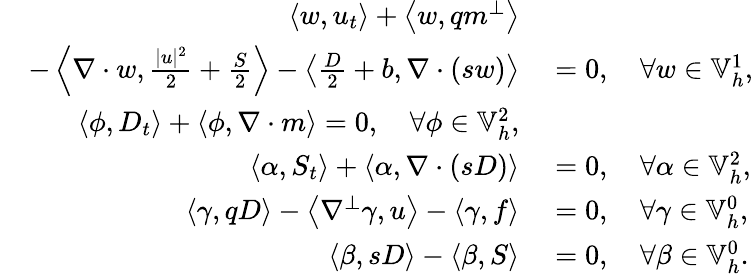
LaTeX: \begin{array}{rl}{\left\langle w,u_{t}\right\rangle+\left\langle w,qm^{\perp}\right\rangle}&{{}}\\ {\quad-\left\langle\nabla\cdot w,\frac{|u|^{2}}{2}+\frac{S}{2}\right\rangle-\left\langle\frac{D}{2}+b,\nabla\cdot\left(sw\right)\right\rangle}&{{}=0,\quad\forall w\in\mathbb{V}_{h}^{1},}\\ {\left\langle\phi,D_{t}\right\rangle+\left\langle\phi,\nabla\cdot m\right\rangle=0,\quad\forall\phi\in\mathbb{V}_{h}^{2},}\\ {\left\langle\alpha,S_{t}\right\rangle+\left\langle\alpha,\nabla\cdot(sD)\right\rangle}&{{}=0,\quad\forall\alpha\in\mathbb{V}_{h}^{2},}\\ {\left\langle\gamma,qD\right\rangle-\left\langle\nabla^{\perp}\gamma,u\right\rangle-\left\langle\gamma,f\right\rangle}&{{}=0,\quad\forall\gamma\in\mathbb{V}_{h}^{0},}\\ {\left\langle\beta,sD\right\rangle-\left\langle\beta,S\right\rangle}&{{}=0,\quad\forall\beta\in\mathbb{V}_{h}^{0}.}\end{array}